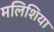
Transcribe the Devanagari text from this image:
मलिशिया